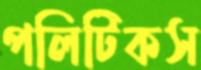
পলিটিকস